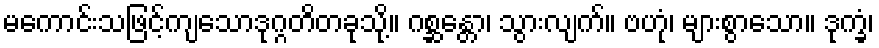
မကောင်းသဖြင့်ကျသောဒုဂ္ဂတိတခုသို့။ ဂစ္ဆန္တော၊ သွားလျက်။ ဗဟုံ၊ များစွာသော။ ဒုက္ခံ၊